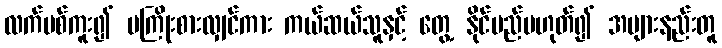
လက်ပစ်ကူး၍ မကြိုးစားလျှင်ကား ကယ်ဆယ်သူနှင့် တွေ့ နိုင်မည်မဟုတ်၍ အများနည်းတူ